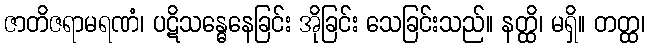
ဇာတိဇရာမရဏံ၊ ပဋိသန္ဓေနေခြင်း အိုခြင်း သေခြင်းသည်။ နတ္ထိ၊ မရှိ။ တတ္ထ၊